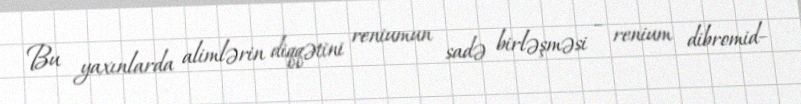
Bu yaxınlarda alimlərin diqqətini reniumun sadə birləşməsi – renium dibromid–